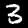
Digit: 3